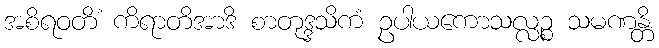
အစိရဝတိံ ကိရာတိအာဒိ စာတုဒ္ဒသိကံ ဥပါယကောသလ္လဉ္စ သမဏန္တိ